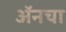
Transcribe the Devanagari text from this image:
अॅनचा